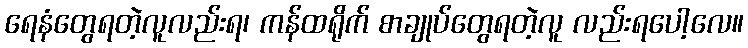
ရေနံတွေရတဲ့လူလည်းရ၊ ကန်ထရိုက် စာချုပ်တွေရတဲ့လူ လည်းရပေါ့လေ။